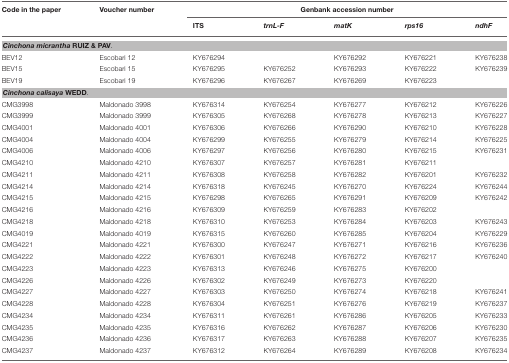
<table><thead><tr><td><b>Code in the paper</b></td><td><b>Voucher number</b></td><td colspan="5"><b>Genbank accession number</b></td></tr><tr><td></td><td></td><td><b>ITS</b></td><td><b><i>trnL-F</i></b></td><td><b><i>matK</i></b></td><td><b><i>rps16</i></b></td><td><b><i>ndhF</i></b></td></tr></thead><tbody><tr><td colspan="7"><i><b>Cinchona micrantha</b></i><b>RUIZ &amp; PAV</b>.</td></tr><tr><td>BEV12</td><td>Escobari 12</td><td>KY676294</td><td></td><td>KY676292</td><td>KY676221</td><td>KY676238</td></tr><tr><td>BEV15</td><td>Escobari 15</td><td>KY676295</td><td>KY676252</td><td>KY676293</td><td>KY676222</td><td>KY676239</td></tr><tr><td>BEV19</td><td>Escobari 19</td><td>KY676296</td><td>KY676267</td><td>KY676269</td><td>KY676223</td><td></td></tr><tr><td colspan="7"><i><b>Cinchona calisaya</b></i><b>WEDD</b>.</td></tr><tr><td>CMG3998</td><td>Maldonado 3998</td><td>KY676314</td><td>KY676254</td><td>KY676277</td><td>KY676212</td><td>KY676226</td></tr><tr><td>CMG3999</td><td>Maldonado 3999</td><td>KY676305</td><td>KY676268</td><td>KY676278</td><td>KY676213</td><td>KY676227</td></tr><tr><td>CMG4001</td><td>Maldonado 4001</td><td>KY676306</td><td>KY676266</td><td>KY676290</td><td>KY676210</td><td>KY676228</td></tr><tr><td>CMG4004</td><td>Maldonado 4004</td><td>KY676299</td><td>KY676255</td><td>KY676279</td><td>KY676214</td><td>KY676225</td></tr><tr><td>CMG4006</td><td>Maldonado 4006</td><td>KY676297</td><td>KY676256</td><td>KY676280</td><td>KY676215</td><td>KY676231</td></tr><tr><td>CMG4210</td><td>Maldonado 4210</td><td>KY676307</td><td>KY676257</td><td>KY676281</td><td>KY676211</td><td></td></tr><tr><td>CMG4211</td><td>Maldonado 4211</td><td>KY676308</td><td>KY676258</td><td>KY676282</td><td>KY676201</td><td>KY676232</td></tr><tr><td>CMG4214</td><td>Maldonado 4214</td><td>KY676318</td><td>KY676245</td><td>KY676270</td><td>KY676224</td><td>KY676244</td></tr><tr><td>CMG4215</td><td>Maldonado 4215</td><td>KY676298</td><td>KY676265</td><td>KY676291</td><td>KY676209</td><td>KY676242</td></tr><tr><td>CMG4216</td><td>Maldonado 4216</td><td>KY676309</td><td>KY676259</td><td>KY676283</td><td>KY676202</td><td></td></tr><tr><td>CMG4218</td><td>Maldonado 4218</td><td>KY676310</td><td>KY676253</td><td>KY676284</td><td>KY676203</td><td>KY676243</td></tr><tr><td>CMG4019</td><td>Maldonado 4019</td><td>KY676315</td><td>KY676260</td><td>KY676285</td><td>KY676204</td><td>KY676229</td></tr><tr><td>CMG4221</td><td>Maldonado 4221</td><td>KY676300</td><td>KY676247</td><td>KY676271</td><td>KY676216</td><td>KY676236</td></tr><tr><td>CMG4222</td><td>Maldonado 4222</td><td>KY676301</td><td>KY676248</td><td>KY676272</td><td>KY676217</td><td>KY676240</td></tr><tr><td>CMG4223</td><td>Maldonado 4223</td><td>KY676313</td><td>KY676246</td><td>KY676275</td><td>KY676200</td><td></td></tr><tr><td>CMG4226</td><td>Maldonado 4226</td><td>KY676302</td><td>KY676249</td><td>KY676273</td><td>KY676220</td><td></td></tr><tr><td>CMG4227</td><td>Maldonado 4227</td><td>KY676303</td><td>KY676250</td><td>KY676274</td><td>KY676218</td><td>KY676241</td></tr><tr><td>CMG4228</td><td>Maldonado 4228</td><td>KY676304</td><td>KY676251</td><td>KY676276</td><td>KY676219</td><td>KY676237</td></tr><tr><td>CMG4234</td><td>Maldonado 4234</td><td>KY676311</td><td>KY676261</td><td>KY676286</td><td>KY676205</td><td>KY676233</td></tr><tr><td>CMG4235</td><td>Maldonado 4235</td><td>KY676316</td><td>KY676262</td><td>KY676287</td><td>KY676206</td><td>KY676230</td></tr><tr><td>CMG4236</td><td>Maldonado 4236</td><td>KY676317</td><td>KY676263</td><td>KY676288</td><td>KY676207</td><td>KY676235</td></tr><tr><td>CMG4237</td><td>Maldonado 4237</td><td>KY676312</td><td>KY676264</td><td>KY676289</td><td>KY676208</td><td>KY676234</td></tr></tbody></table>